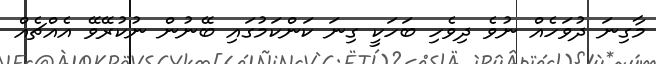
މާގިނަ ދުވަހެއް ނުވެ ދިވެހި ބަހަކީ ގިނަ ކަންކަމުގައި ބޭނުން ނުކުރޭވޭ އެއްޗެއް